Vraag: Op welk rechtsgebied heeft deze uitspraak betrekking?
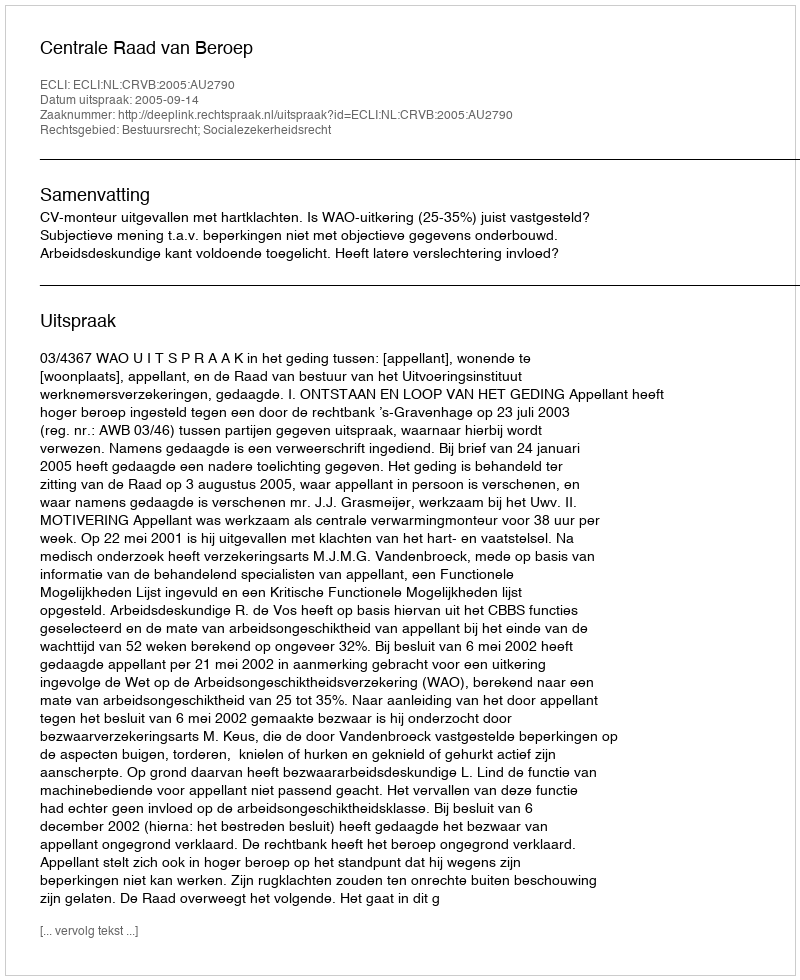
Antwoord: Bestuursrecht; Socialezekerheidsrecht